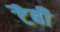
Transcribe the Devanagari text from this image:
टैबी